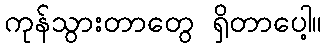
ကုန်သွားတာတွေ ရှိတာပေါ့။